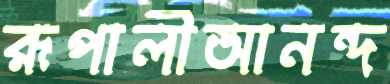
রূপালীআনন্দ